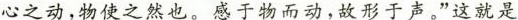
心之动，物使之然也。感于物而动，故形于声。”这就是